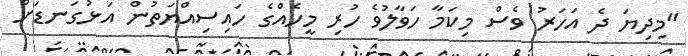
"މިދިޔަ ދެ އަހަރު ވެސް މިކަމާ ހަވާލުވެ ހުރި މީހެއްގެ ހައިސިއްޔަތުން އަޅުގަނޑަށް